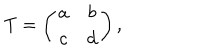
T = \left( \begin{array} { c c } { { a } } & { { b } } \\ { { c } } & { { d } } \\ \end{array} \right) ,